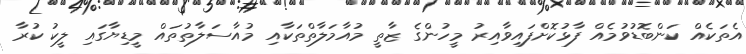
އެތަކެއް ކަންބޮޑުވުމެއް ފާޅުކޮށްފައިވާއިރު މީހުންގެ ޒާތީ މުއާމަލާތްތަކާއި މުއާސަލާތުތައް މީޑިޔާގައި ލީކު ކުރާ